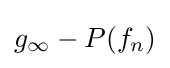
g_{\infty }-P(f_{n})